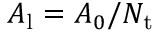
A _ { \mathrm { l } } = A _ { 0 } / N _ { \mathrm { t } }